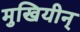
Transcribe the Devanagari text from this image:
मुखियीन्